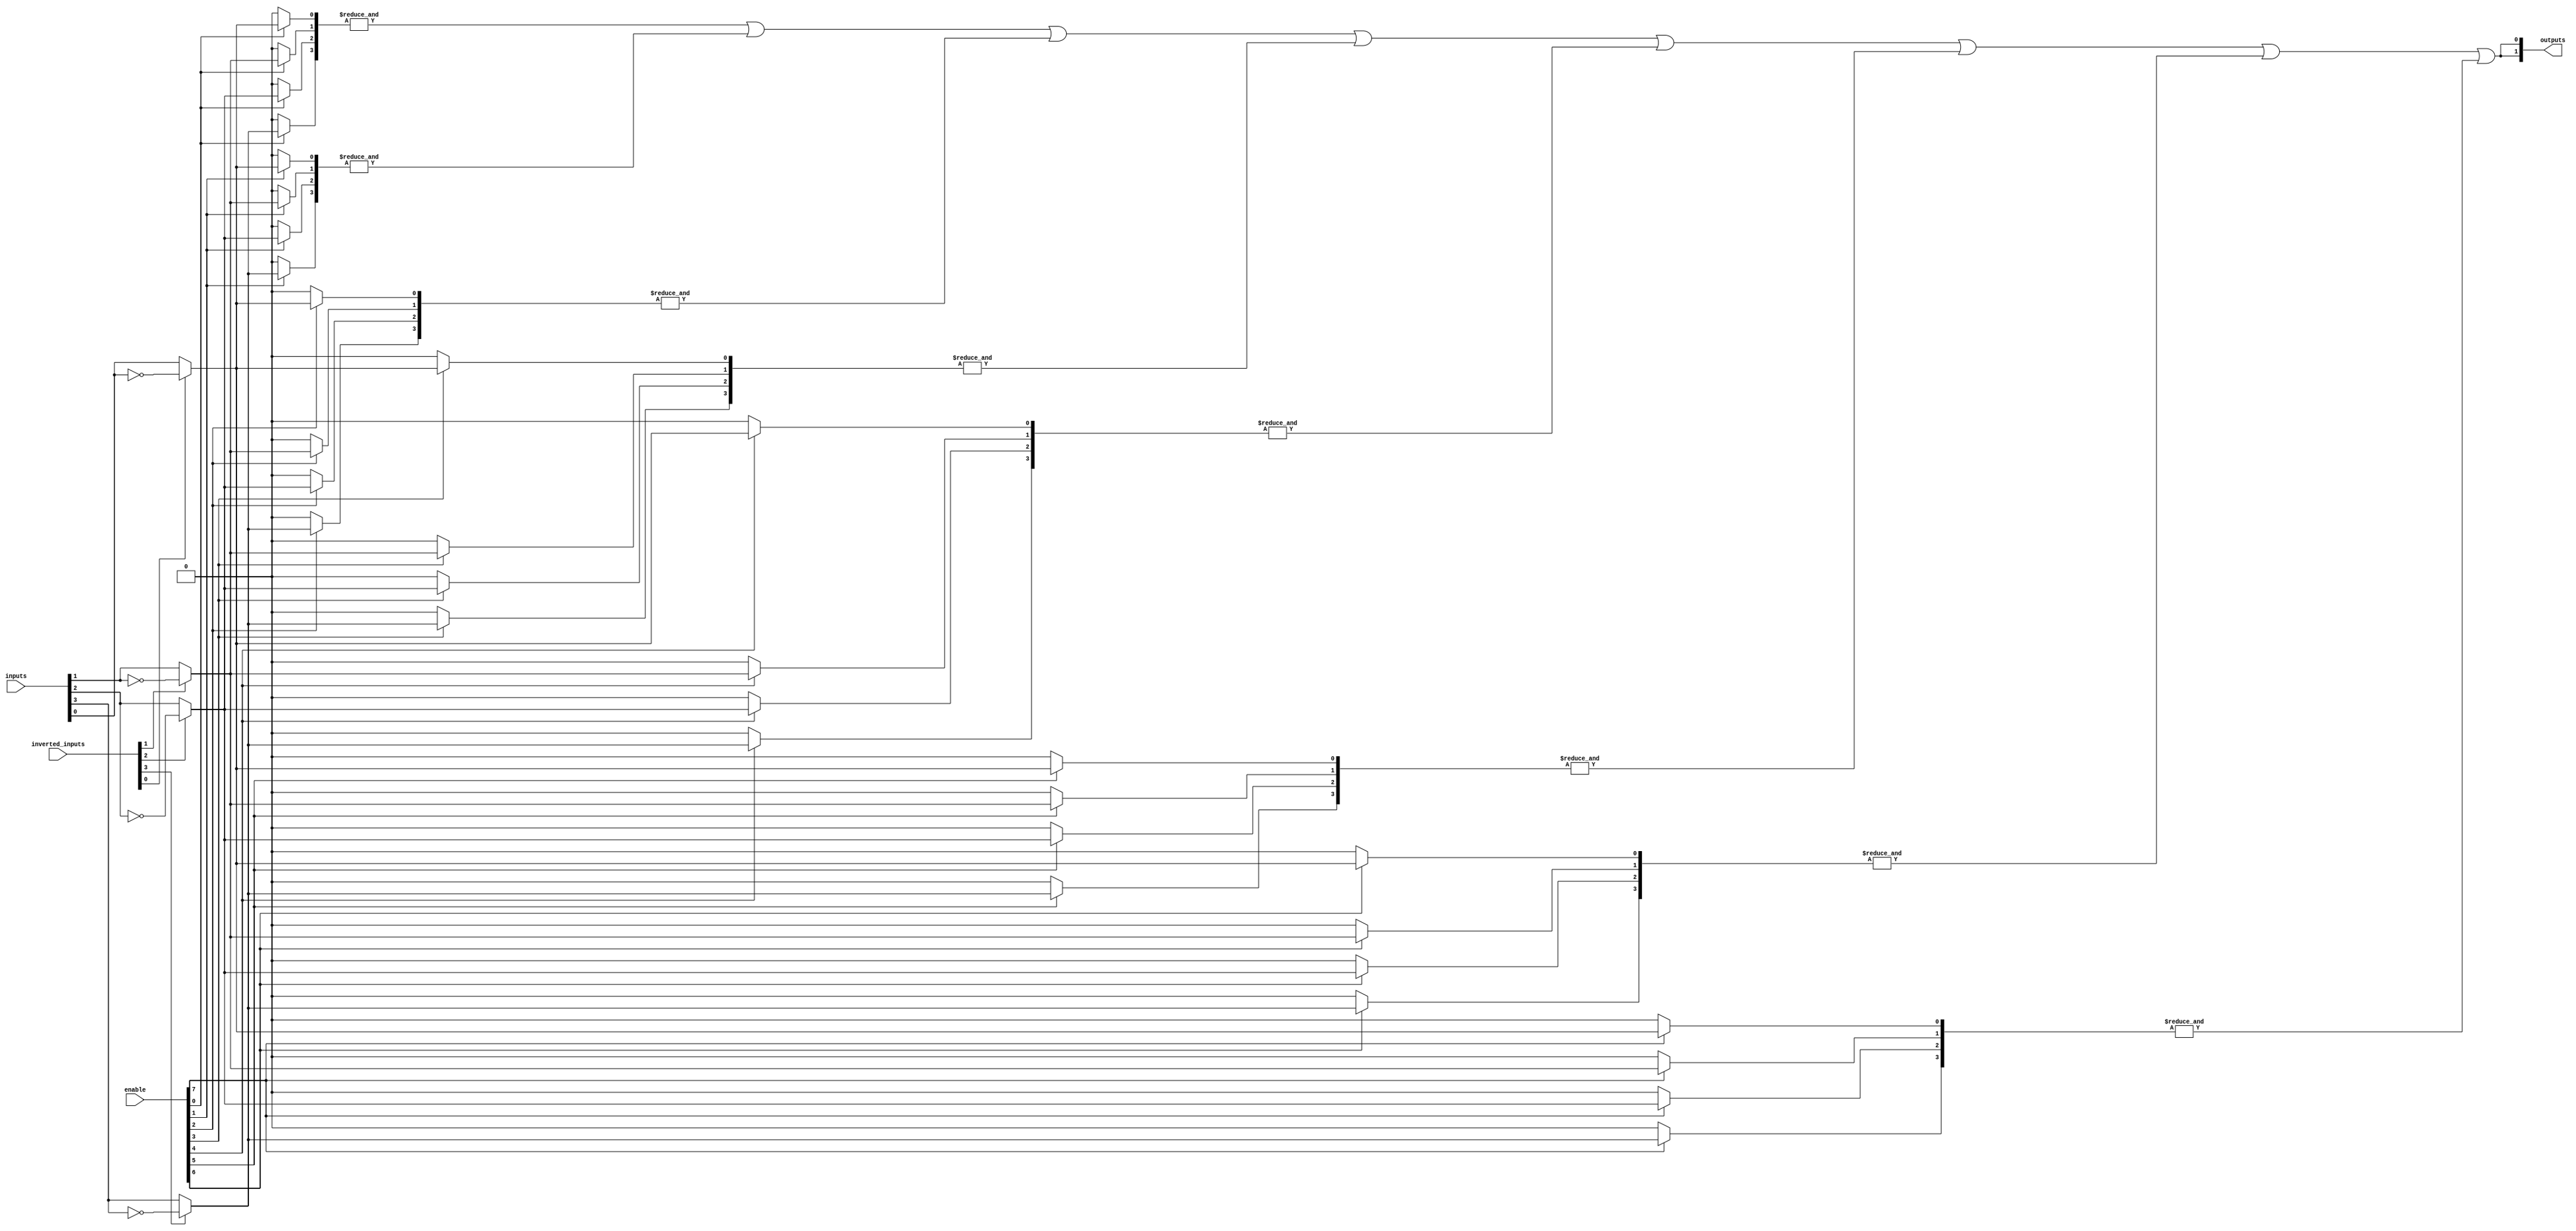
module super_pal #(
    parameter NUM_INPUTS = 4,        // Number of inputs (A, B, C, D, ...)
    parameter NUM_AND_GATES = 8,      // Number of programmable AND gates
    parameter NUM_OUTPUTS = 2         // Number of OR gate outputs
)(
    input wire [NUM_INPUTS-1:0] inputs,    // Input lines (A, B, C, D, ...)
    input wire [NUM_AND_GATES-1:0] enable, // Enable signals for AND gates
    input wire [NUM_INPUTS-1:0] inverted_inputs, // Inversion control for inputs
    output wire [NUM_OUTPUTS-1:0] outputs  // Output lines
);

    // Intermediate signals for AND gate outputs
    wire [NUM_AND_GATES-1:0] and_outputs;

    // Generate the programmable AND array
    genvar i, j;
    generate
        for (i = 0; i < NUM_AND_GATES; i = i + 1) begin : and_array
            wire [NUM_INPUTS-1:0] and_inputs;

            // Configure AND gate inputs based on enable signals and inverted inputs
            for (j = 0; j < NUM_INPUTS; j = j + 1) begin : input_config
                assign and_inputs[j] = enable[i] ? (inverted_inputs[j] ? ~inputs[j] : inputs[j]) : 1'b0; // Active low logic
            end

            // AND operation
            assign and_outputs[i] = &and_inputs; // Output is high only if ALL inputs are high
        end
    endgenerate

    // Fixed OR array
    genvar k;
    generate
        for (k = 0; k < NUM_OUTPUTS; k = k + 1) begin : or_array
            // Example: OR gates can connect to any of the AND gate outputs
            assign outputs[k] = or_logic(and_outputs);
        end
    endgenerate

    // Define your own OR logic here
    function or_logic;
        input [NUM_AND_GATES-1:0] and_outputs;
        reg result;
        integer m;
        begin
            result = 1'b0;
            for (m = 0; m < NUM_AND_GATES; m = m + 1) begin
                result = result | and_outputs[m]; // OR all AND outputs (customize as needed)
            end
            or_logic = result;
        end
    endfunction

endmodule